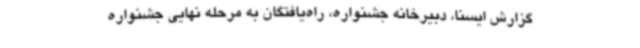
گزارش ایسنا، دبیرخانه جشنواره، راه‌یافتگان به مرحله نهایی جشنواره